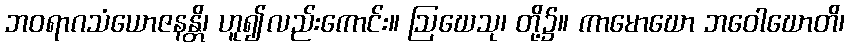
ဘဝရာဂသံယောဇနန္တိ၊ ဟူ၍လည်းကောင်း။ ဩဃေသု၊ တို့၌။ ကာမောဃော ဘဝေါဃောတိ၊